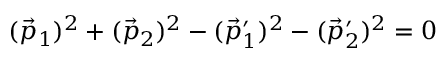
( \vec { p } _ { 1 } ) ^ { 2 } + ( \vec { p } _ { 2 } ) ^ { 2 } - ( \vec { p } _ { 1 } ^ { \prime } ) ^ { 2 } - ( \vec { p } _ { 2 } ^ { \prime } ) ^ { 2 } = 0